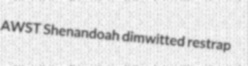
AWST Shenandoah dimwitted restrap